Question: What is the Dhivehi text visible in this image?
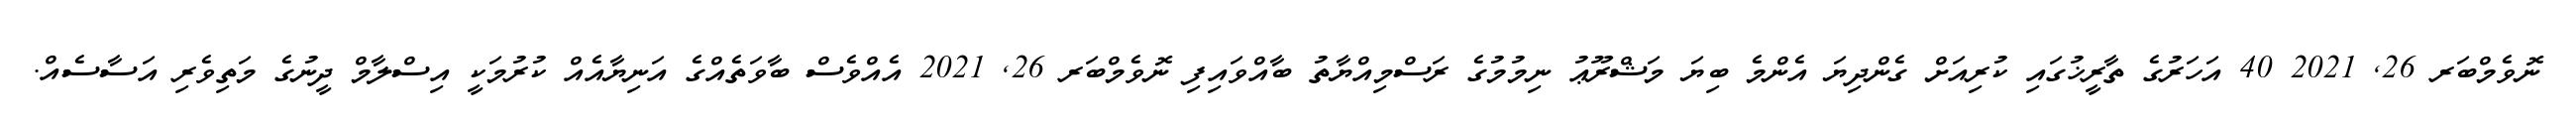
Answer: ނޮވެމްބަރ 26, 2021 40 އަހަރުގެ ތާރީޚުގައި ކުރިއަށް ގެންދިޔަ އެންމެ ބިޔަ މަޝްރޫޢު ނިމުމުގެ ރަސްމިއްޔާތު ބާއްވައިފި ނޮވެމްބަރ 26, 2021 އެއްވެސް ބާވަތެއްގެ އަނިޔާއެއް ކުރުމަކީ އިސްލާމް ދީނުގެ މަތިވެރި އަސާސެއް.